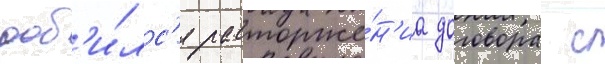
доб'и́лс'я расторже́н'иа договора с